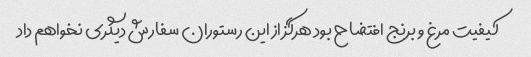
کیفیت مرغ و برنج افتضاح بود هرگز از این رستوران سفارش دیگری نخواهم داد